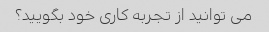
می توانید از تجربه کاری خود بگویید؟